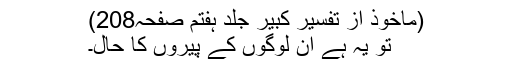
(ماخوذ از تفسیر کبیر جلد ہفتم صفحہ208)
تو یہ ہے ان لوگوں کے پیروں کا حال۔